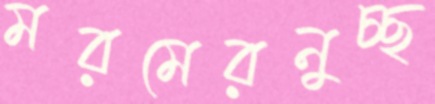
মরমেরনুচ্ছ